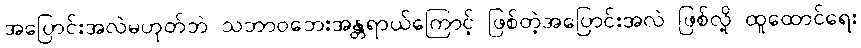
အပြောင်းအလဲမဟုတ်ဘဲ သဘာဝဘေးအန္တရာယ်ကြောင့် ဖြစ်တဲ့အပြောင်းအလဲ ဖြစ်လို့ ထူထောင်ရေး